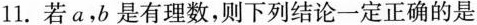
11.若a，b是有理数，则下列结论一定正确的是